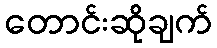
တောင်းဆိုချက်